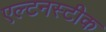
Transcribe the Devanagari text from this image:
एल्टनस्टीक